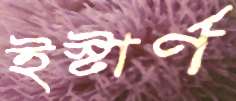
ইস্টার্ণ